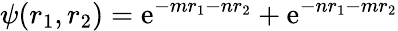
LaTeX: \psi(r_{1},r_{2})=\mathrm{e}^{-mr_{1}-nr_{2}}+\mathrm{e}^{-nr_{1}-mr_{2}}